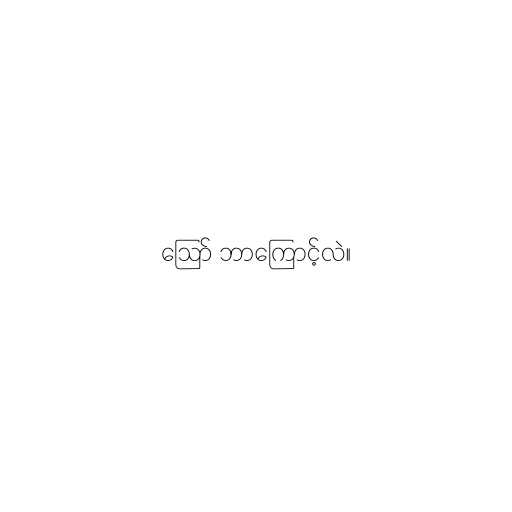
ဪ ဘာကြောင့်လဲ။